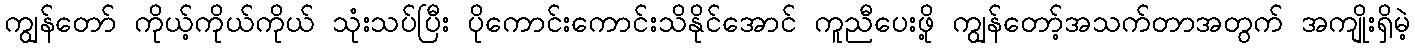
ကျွန်တော် ကိုယ့်ကိုယ်ကိုယ် သုံးသပ်ပြီး ပိုကောင်းကောင်းသိနိုင်အောင် ကူညီပေးဖို့ ကျွန်တော့်အသက်တာအတွက် အကျိုးရှိမဲ့